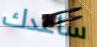
ساعدك